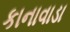
કાનાવાડા